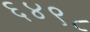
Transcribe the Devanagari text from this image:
६४९८